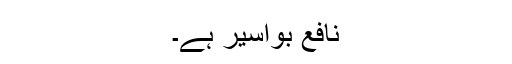
نافع بواسیر ہے۔